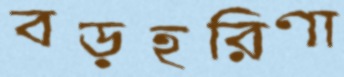
বড়হরিণা